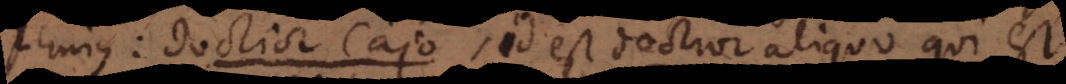
doctior Cajo, id est doctior aliquo qui est